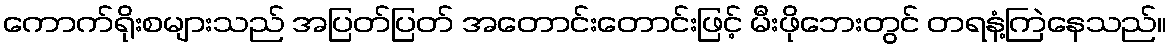
ကောက်ရိုးစများသည် အပြတ်ပြတ် အတောင်းတောင်းဖြင့် မီးဖိုဘေးတွင် တရနံ့ကြဲနေသည်။